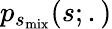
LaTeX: p_{s_{\mathrm{mix}}}(s;.)